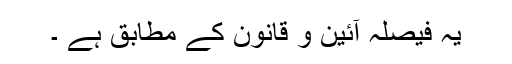
یہ فیصلہ آئین و قانون کے مطابق ہے ۔